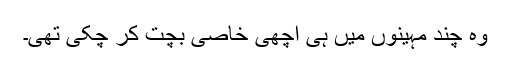
وہ چند مہینوں میں ہی اچھی خاصی بچت کر چکی تھی۔